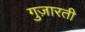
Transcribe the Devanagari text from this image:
गुज़ारती